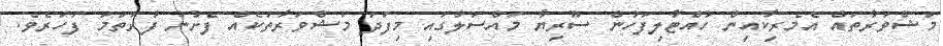
މަޝްވަރާތައް އެމެރިކާއިން ހުއްޓާލިފަހުން ސޫރިޔާ މައްސަލާގައި މިފަދަ މަޝްވަރާތަކެއް ފެށުނު ފުރަތަމަ ފަހަރެވެ.